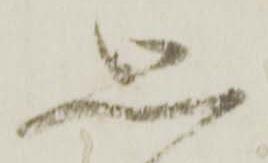
思